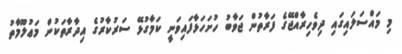
މި މައްސަލައިގައި ދިވެހިރާއްޖޭގެ ފަރާތުން ޖަވާބު ހުށަހަޅާފައިވަނީ ކަމާގުޅޭ ސަރުކާރުގެ އިދާރާތަކުން މަޢުލޫމާތު